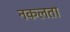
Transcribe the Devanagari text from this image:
नकलता